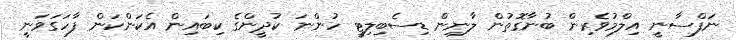
ނަފްސާނީ އިލްމުވެރިން ބުނާގޮތުން ލާނިން ޑިސެބިލިޓީ ހުންނަ ކުދީންގެ ކިބައިން އެކަންކަން ފާހަގަވަނީ